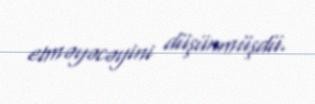
etməyəcəyini düşünmüşdü.